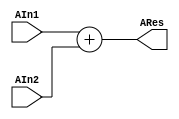
  
`timescale 1ns/1ns

//1- Module y Puertos 1/0
module ADD (
		
		//Entradas
		input [31:0]AIn1,
		input [31:0]AIn2,
		//Salidas
		output [31:0]ARes

);

//2- Delcaracion de seales --> NA(No aplica)

//3- Cuerpo del modulo

//Assign:
assign ARes = AIn1 + AIn2;

endmodule